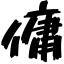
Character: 傭